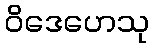
ဝိဒေဟေသု